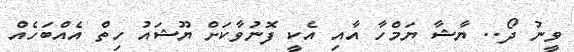
ވީނު ދޯ.. ޔާޝާ ޔަމްހާ އާއި އެކީ ފޮނުވާކަށް ޔޫޝައު ހިތް އެއްބަހެއް